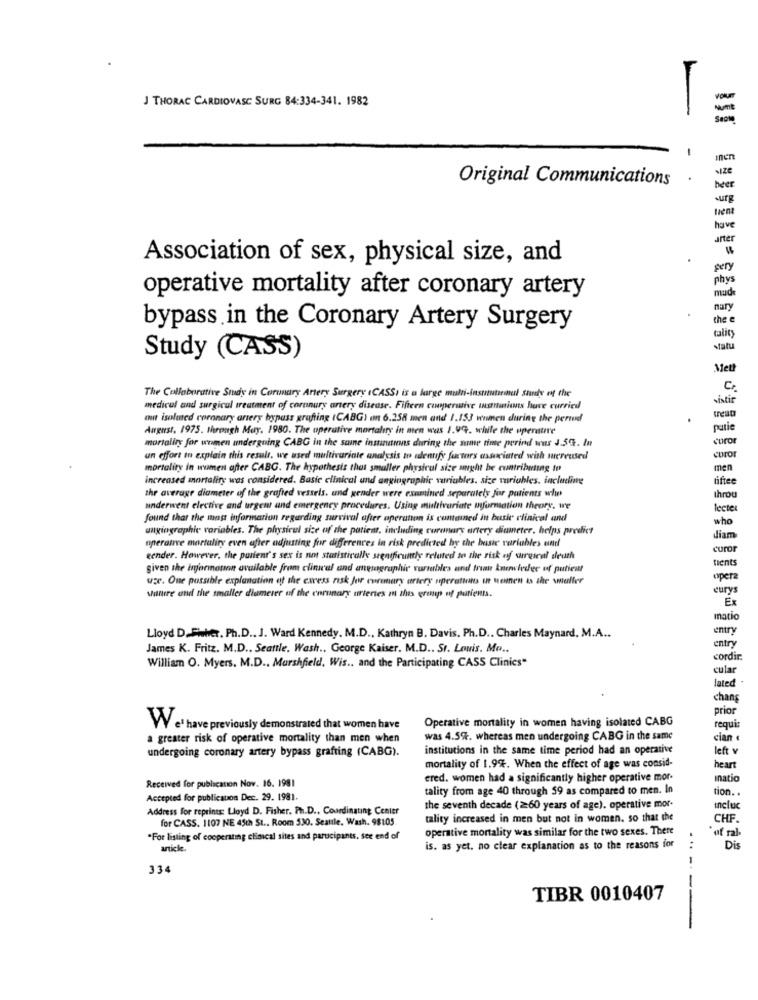
J THORAC CARDIOVASC SURG 84:334-341. 1982
-
inen
SIZE
Original Communications
tient
have
arter
Association of sex, physical size, and
pery
phys
operative mortality after coronary artery
mud
mary
the
bypass in the Coronary Artery Surgery
tality
stat
Study (CASS)
Met
The Collaborative Study in Coronary Artery Surgery (CASS, is a large multi-instantienul Study of the
istir
medical and surgical treatment of coronary artery disease. Fifteen cooperative wasminions have curried
mit isolated coronary artery bypass grafting (CABG) en 6.258 men and 1.153 women during the period
Anerst, 1975. through May. 1980. The operative mortality in men was 1.99. while the operative
patie
mortality for women undergoing CABG in the same insunamons during the same time perind wns J.5G. In
curo
un effort in explain this result, we used multivariate analysis to identify factors associated with mereused
mortality in wumen after CABG. The hypothesis thus smaller physical size unght be contributing to
men
increased mortality was considered. Basic clinical and angiographie variables. size variables, including
fifte
the average diameter of the grafted vessels, and gender were examined separately for patients whe
throu
underwent elective and urgent and emergency procedures. Using multivariate uyformation theory, we
lecte
found that the mag information regarding survival after operation is cumained in basic clinical and
who
angiographie variables. The physical size of the patient, including coronary artery diameter, helps predict
operatve mortaliry even after adjusting for differences in risk predicted by the basic variables eine
diam
curor
eender. However, the parent's sex is not statistically stentfruitly related to the risk of urgical sleuth
given the Information available from clinical and anesagraphic vurtables and tran kuenvieder of patient
tient
use. One possible explanation of the excess risk Jor coronary artery operations in Meinen is the smaller
opera
eury
sultere and the smaller diameter of the coronary arteries in this erenup of patients.
Ex
natio
entry
Lloyd D .- Fwher. Ph.D .. J. Ward Kennedy, M.D ., Kathryn B. Davis. Ph.D ., Charles Maynard. M.A ..
James K. Fritz. M.D ., Seattle. Wash ., George Kaiser. M.D .. St. Louis, Mo ..
entry
cordir.
William O. Myers. M.D ., Marshfield, Wis .. and the Participating CASS Clinics"
cular
lated
chang
prior
Operative mortality in women having isolated CABG
W e' have previously demonstrated that women have
requi:
a greater risk of operative mortality than men when
was 4.5%. whereas men undergoing CABG in the same
cian «
undergoing coronary artery bypass grafting (CABG).
institutions in the same time period had an operative
left v
mortality of 1.9%. When the effect of age was consid-
heart
ered. women had a significantly higher operative mor-
Inatio
Received for publication Nov. 16. 1981
tality from age 40 through 59 as compared to men. In
tion ..
Accepted for publicsuos Dec. 29. 1981.
Address for reprints: Lloyd D. Fisher. Ph.D ., Coordinating Center
the seventh decade (2:60 years of age). operative mor-
incluc
for CASS. 1107 NE 45th St .. Room 530. Seattle. Wash. 98105
tality increased in men but not in women. so that the
CHF.
operative mortality was similar for the two sexes. There
"For listing of cooperating clinical sites and parucipants, see end of
of ral
article.
is. as yet. no clear explanation as to the reasons for
Dis
334
TIBR 0010407
-----